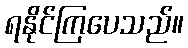
ရနိုင်ကြပေသည်။